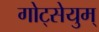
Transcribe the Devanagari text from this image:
गोट्सेयुम्